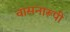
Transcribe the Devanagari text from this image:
वासनारूपी